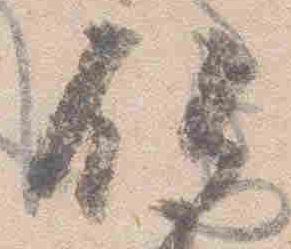
仏